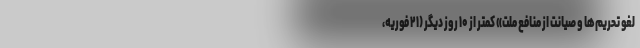
لغو تحریم‌ها و صیانت از منافع ملت» کمتر از ۱۰ روز دیگر (۲۱ فوریه،